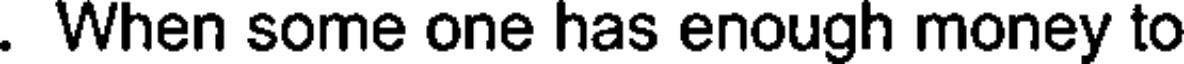
. When some one has enough money to